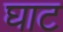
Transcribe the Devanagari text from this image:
घाट